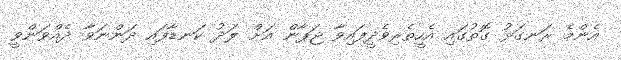
އެންމެ ރަނގަޅު ގޮތުގައި އެހީތެރިވެދީފައިވާ ޖަޕާން އަށް ލަދު ކަނޑާފައި ދަންނަވާ ދެއްވަންވީ